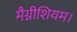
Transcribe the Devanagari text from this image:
मैग्नीशियम।